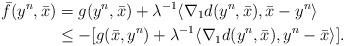
LaTeX: \begin{align*}\bar{f}(y^n,\bar{x}) & = g(y^n,\bar{x})+ \lambda^{-1} \langle \nabla_{1} d(y^n,\bar{x}),\bar{x}-y^n\rangle \\& \leq - [g (\bar{x},y^n)+\lambda^{-1} \langle \nabla_{1} d(y^n,\bar{x}),y^n-\bar{x}\rangle].\end{align*}